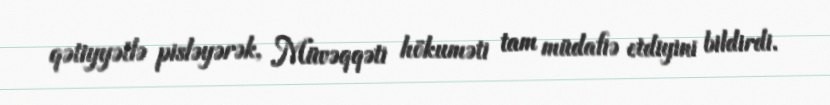
qətiyyətlə pisləyərək, Müvəqqəti hökuməti tam müdafiə etdiyini bildirdi.